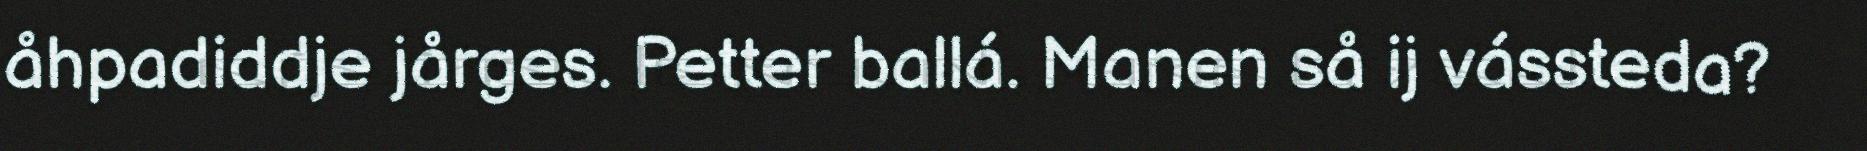
åhpadiddje jårges. Petter ballá. Manen så ij vássteda?